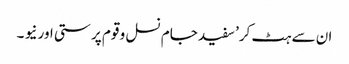
ان سے ہٹ کر’ سفید جام نسل و قوم پر ستی اور نیو ۔